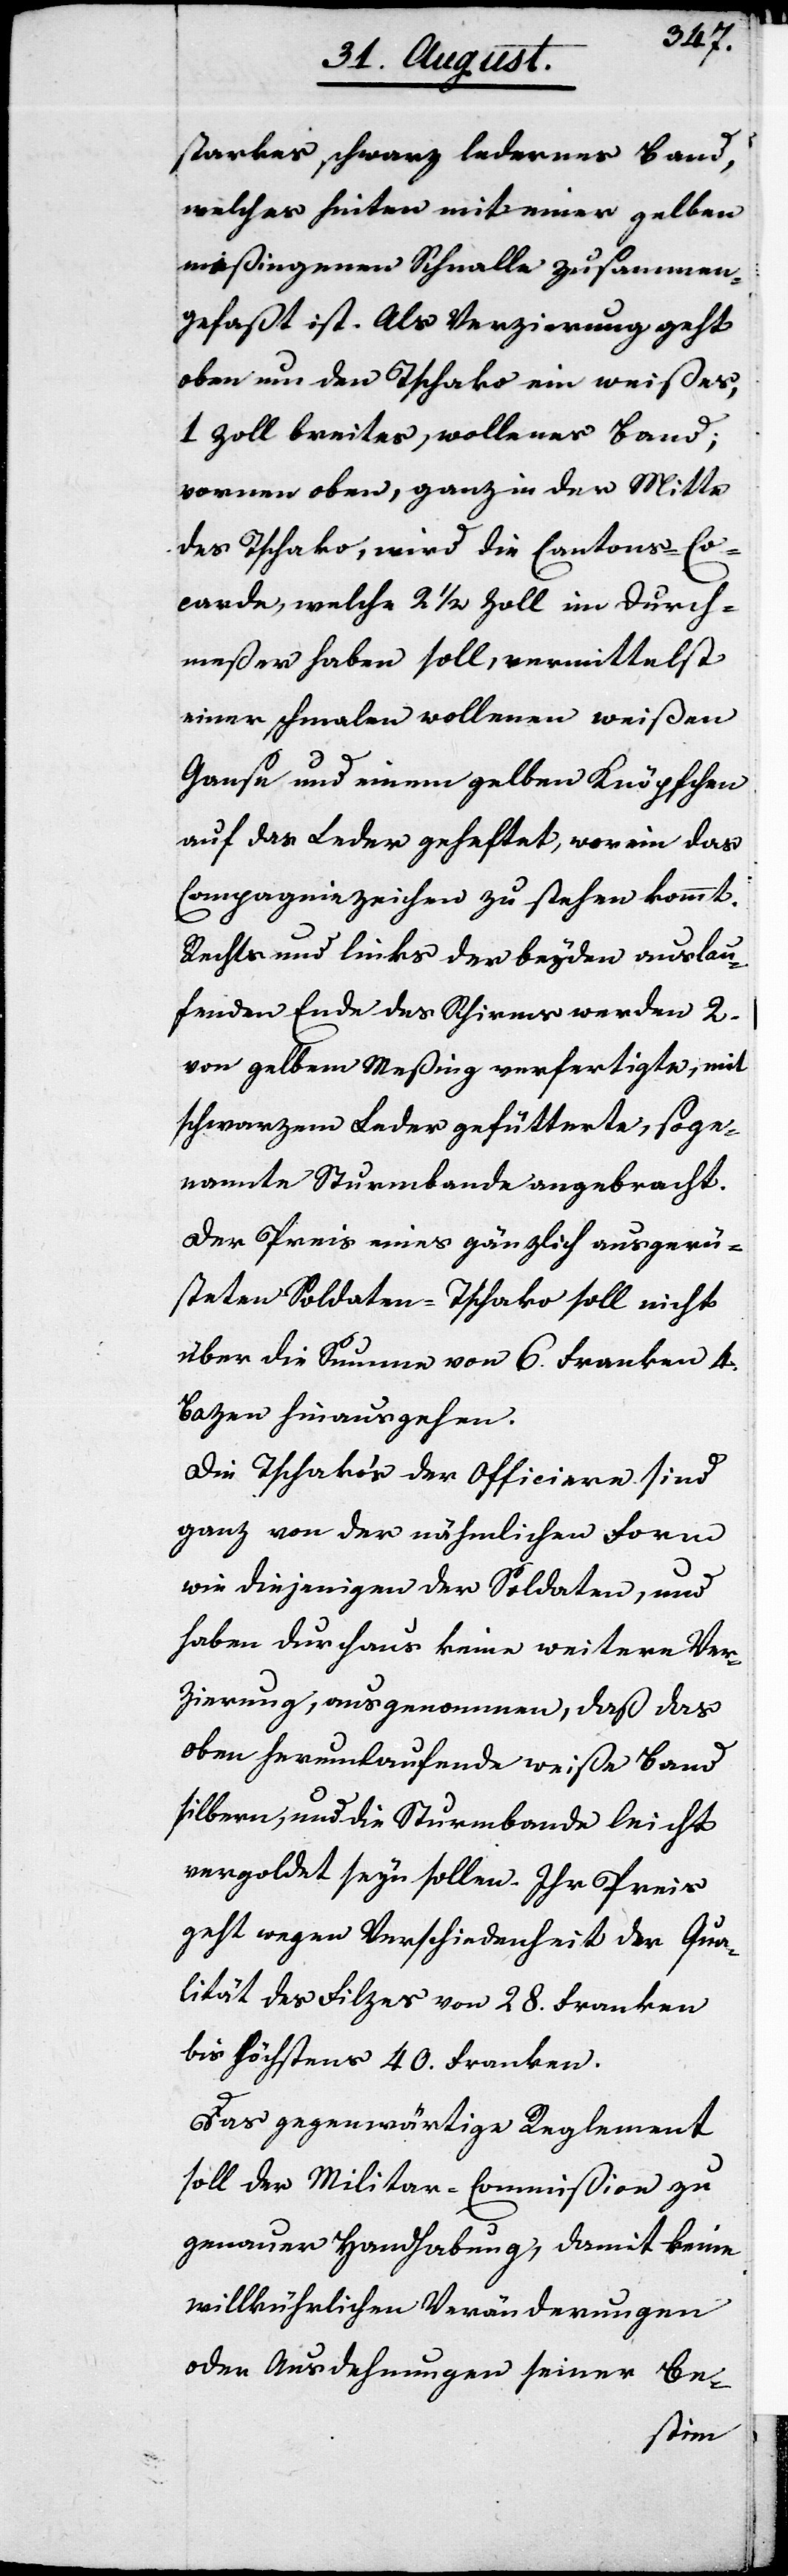
starkes schwarz ledernes Band,
welches hinten mit einer gelben
meßingenen Schnalle zusammen¬
gefaßt ist. Als Verzierung geht
oben um den Tschako ein weißes
1 Zoll breites, wollenes Band;
vornen oben, ganz in der Mitte
des Tschako, wird die Cantons-Co¬
card, welche 2 ½ Zoll im Durch¬
meßer haben soll, vermittelst
einer schmalen wollenen weißen
Ganse und einem gelben Knöpfchen
auf das Leder geheftet, worein das
Compagniezeichen zu stehen kommt.
Recht und links der beyden auslau¬
fenden Enden des Schirms werden 2.
von gelbem Meßing verfertigte, mit
schwarzem Leder gefütterte, soge¬
nannte Sturmbande angebracht.
Der Preis eines gänzlich ausgerü¬
steten Soldaten-Tschako soll nicht
über die Summe von 6. Franken 4.
Bazen hinausgehen.
Die Tschakos der Officiere sind
ganz von der nämlichen Form
wie diejenigen der Soldaten, und
haben durchaus keine weitere Ver¬
zierung, ausgenommen, daß das
oben herumlaufende weiße Band
silbern, und die Sturmbande leicht
vergoldet seyn sollen. Ihr Preis
geht wegen Verschiedenheit der Qua¬
lität des Filzes von 28. Franken
bis höchstens 40. Franken.
Das gegenwärtige Reglement
soll der Militar-Commißion zu
genauer Handhabung, damit keine
willkürlichen Veränderungen
oder Ausdehnungen seiner Be-